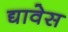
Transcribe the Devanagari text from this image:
द्यावेस